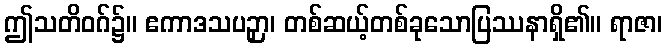
ဤသတိဝဂ်၌။ ဧကာဒသပဉှာ၊ တစ်ဆယ့်တစ်ခုသောပြဿနာရှိ၏။ ရာဇာ၊